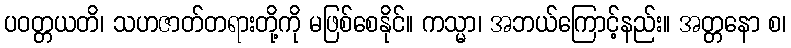
ပဝတ္တယတိ၊ သဟဇာတ်တရားတို့ကို မဖြစ်စေနိုင်။ ကသ္မာ၊ အဘယ်ကြောင့်နည်း။ အတ္တနော စ၊